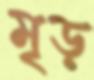
মৃড়